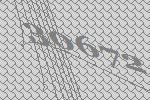
30672